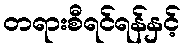
တရားစီရင်ရန်နှင့်